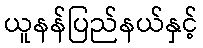
ယူနန်ပြည်နယ်နှင့်